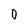
Character: 0